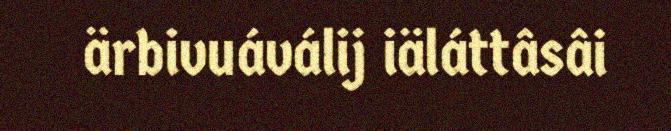
ärbivuáválij iäláttâsâi